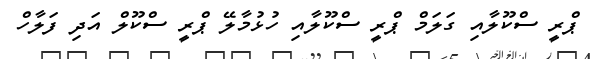
ޕްރީ ސްކޫލާއި ގަލަމް ޕްރީ ސްކޫލާއި ހުޅުމާލޭ ޕްރީ ސްކޫލް އަދި ފަލާހް